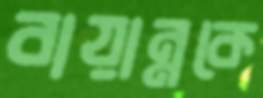
বায়ান্নকে